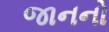
જાનનો